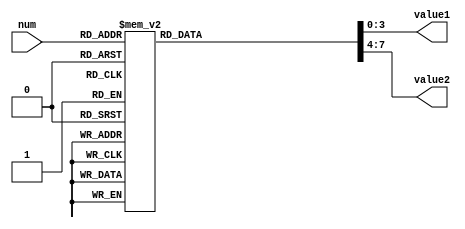
`timescale 1ns / 1ps
module assigning (
    input [3:0] num,
    output reg [3:0] value1, value2
);
    always @(*)
    begin
        case(num)
        4'd0:
        begin
            value1 <= 0;
            value2 <= 1;
        end
        4'd1:
        begin
            value1 <= 0;
            value2 <= 2;
        end
        4'd2:
        begin
            value1 <= 0;
            value2 <= 3;
        end
        4'd3:
        begin
            value1 <= 0;
            value2 <= 4;
        end
        4'd4:
        begin
            value1 <= 0;
            value2 <= 5;
        end
        4'd5:
        begin
            value1 <= 0;
            value2 <= 6;
        end
        4'd6:
        begin
            value1 <= 0;
            value2 <= 7;
       end
       4'd7:
       begin
            value1 <= 0;
            value2 <= 8;
        end
        4'd8:
        begin
            value1 <= 0;
            value2 <= 9;
        end
        4'd9:
        begin
            value1 <= 1;
            value2 <= 0;
        end
        default:
        begin
            value1 <= 10;
            value2 <= 10;
        end
        endcase
    end
endmodule